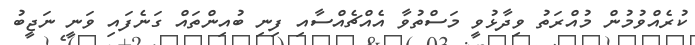
ކުރެއްވުމުން މުއްރަތު ވިދާޅުވީ މަސްތުވާ އެއްޗެއްސާއި ފިނި ބުއިންތައް ގަނެފައި ވަނީ ނަޖީބު